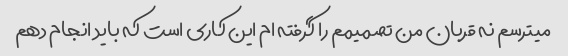
میترسم نه قربان من تصمیمم را گرفته ام این کاری است که باید انجام دهم